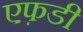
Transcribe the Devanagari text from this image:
एफ़डी